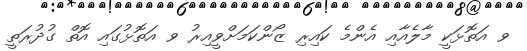
ވ އަތޮޅަކީ މާލެއާއި އެންމެ ކައިރި ޒޯންކަމަށްވީއިރު ވ އަތޮޅުގައި އޮތް ގުދުރަތީ